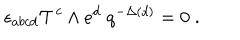
\; \epsilon _ { a b c d } { \cal T } ^ { c } \wedge e ^ { d } \; q ^ { - \Delta ( d ) } = 0 \; .